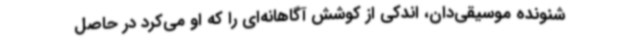
شنونده موسیقی‌دان، اندکی از کوشش آگاهانه‌ای را که او می‌کرد در حاصل